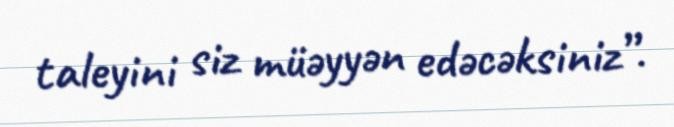
taleyini siz müəyyən edəcəksiniz”.